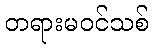
တရားမဝင်သစ်